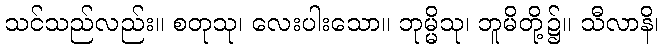
သင်သည်လည်း။ စတုသု၊ လေးပါးသော။ ဘုမ္မိသု၊ ဘူမိတို့၌။ သီလာနိ၊